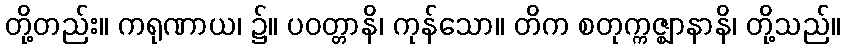
တို့တည်း။ ကရုဏာယ၊ ၌။ ပဝတ္တာနိ၊ ကုန်သော။ တိက စတုက္ကဇ္ဈာနာနိ၊ တို့သည်။